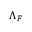
\Lambda _ { F }